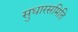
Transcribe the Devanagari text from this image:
सुधारसमिति